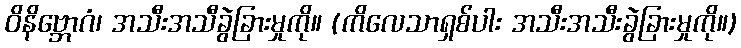
ဝိနိဗ္ဘောဂံ၊ အသီးအသီခွဲခြားမှုကို။ (ကိလေသာရှစ်ပါး အသီးအသီးခွဲခြားမှုကို။)